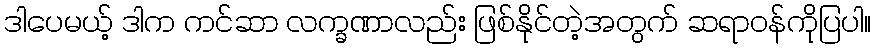
ဒါပေမယ့် ဒါက ကင်ဆာ လက္ခဏာလည်း ဖြစ်နိုင်တဲ့အတွက် ဆရာဝန်ကိုပြပါ။